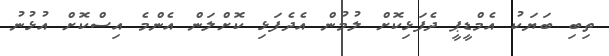
ތިބި ބަޔަކު އެމްޑީޕީ ދެފަޅިކޮށް ލުމުން އެދެފަޅި ކޮށްލަން އެންމެ އިސްކޮށް އުޅުނު